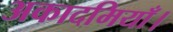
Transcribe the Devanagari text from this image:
अकादमियाँ।